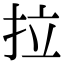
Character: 拉